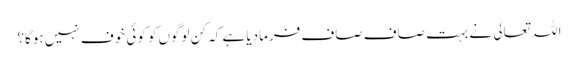
اللہ تعالی نے بہت صاف صاف فرمادیا ہے کہ کن لوگوں‌کو کوئی خوف نہیں‌ ہوگا؟